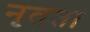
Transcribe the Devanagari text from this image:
नृतता